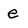
Character: e